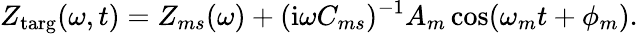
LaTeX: Z_{\textrm{targ}}(\omega,t)=Z_{ms}(\omega)+(\textrm{i}\omega C_{ms})^{-1}A_{m}\cos(\omega_{m}t+\phi_{m}).